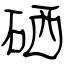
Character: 硒